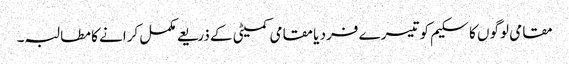
مقامی لوگوں کا سکیم کو تیسرے فرد یا مقامی کمیٹی کے ذریعے مکمل کرانے کا مطالبہ۔